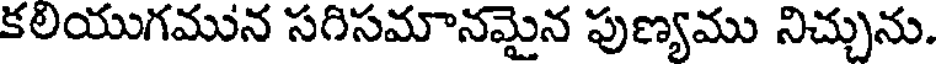
కలియుగమున సగిసమానమైన పుణ్యము నిచ్చును.